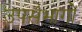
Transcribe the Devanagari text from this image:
उपसंभागों